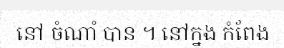
នៅ ចំណាំ បាន ។ នៅក្នុង កំពែង